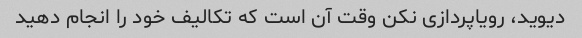
دیوید، رویاپردازی نکن وقت آن است که تکالیف خود را انجام دهید